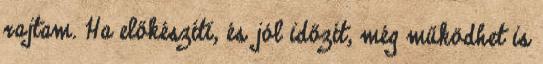
rajtam. Ha előkészíti, és jól időzít, még működhet is